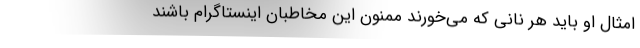
امثال او باید هر نانی که می‌خورند ممنون این مخاطبان اینستاگرام باشند